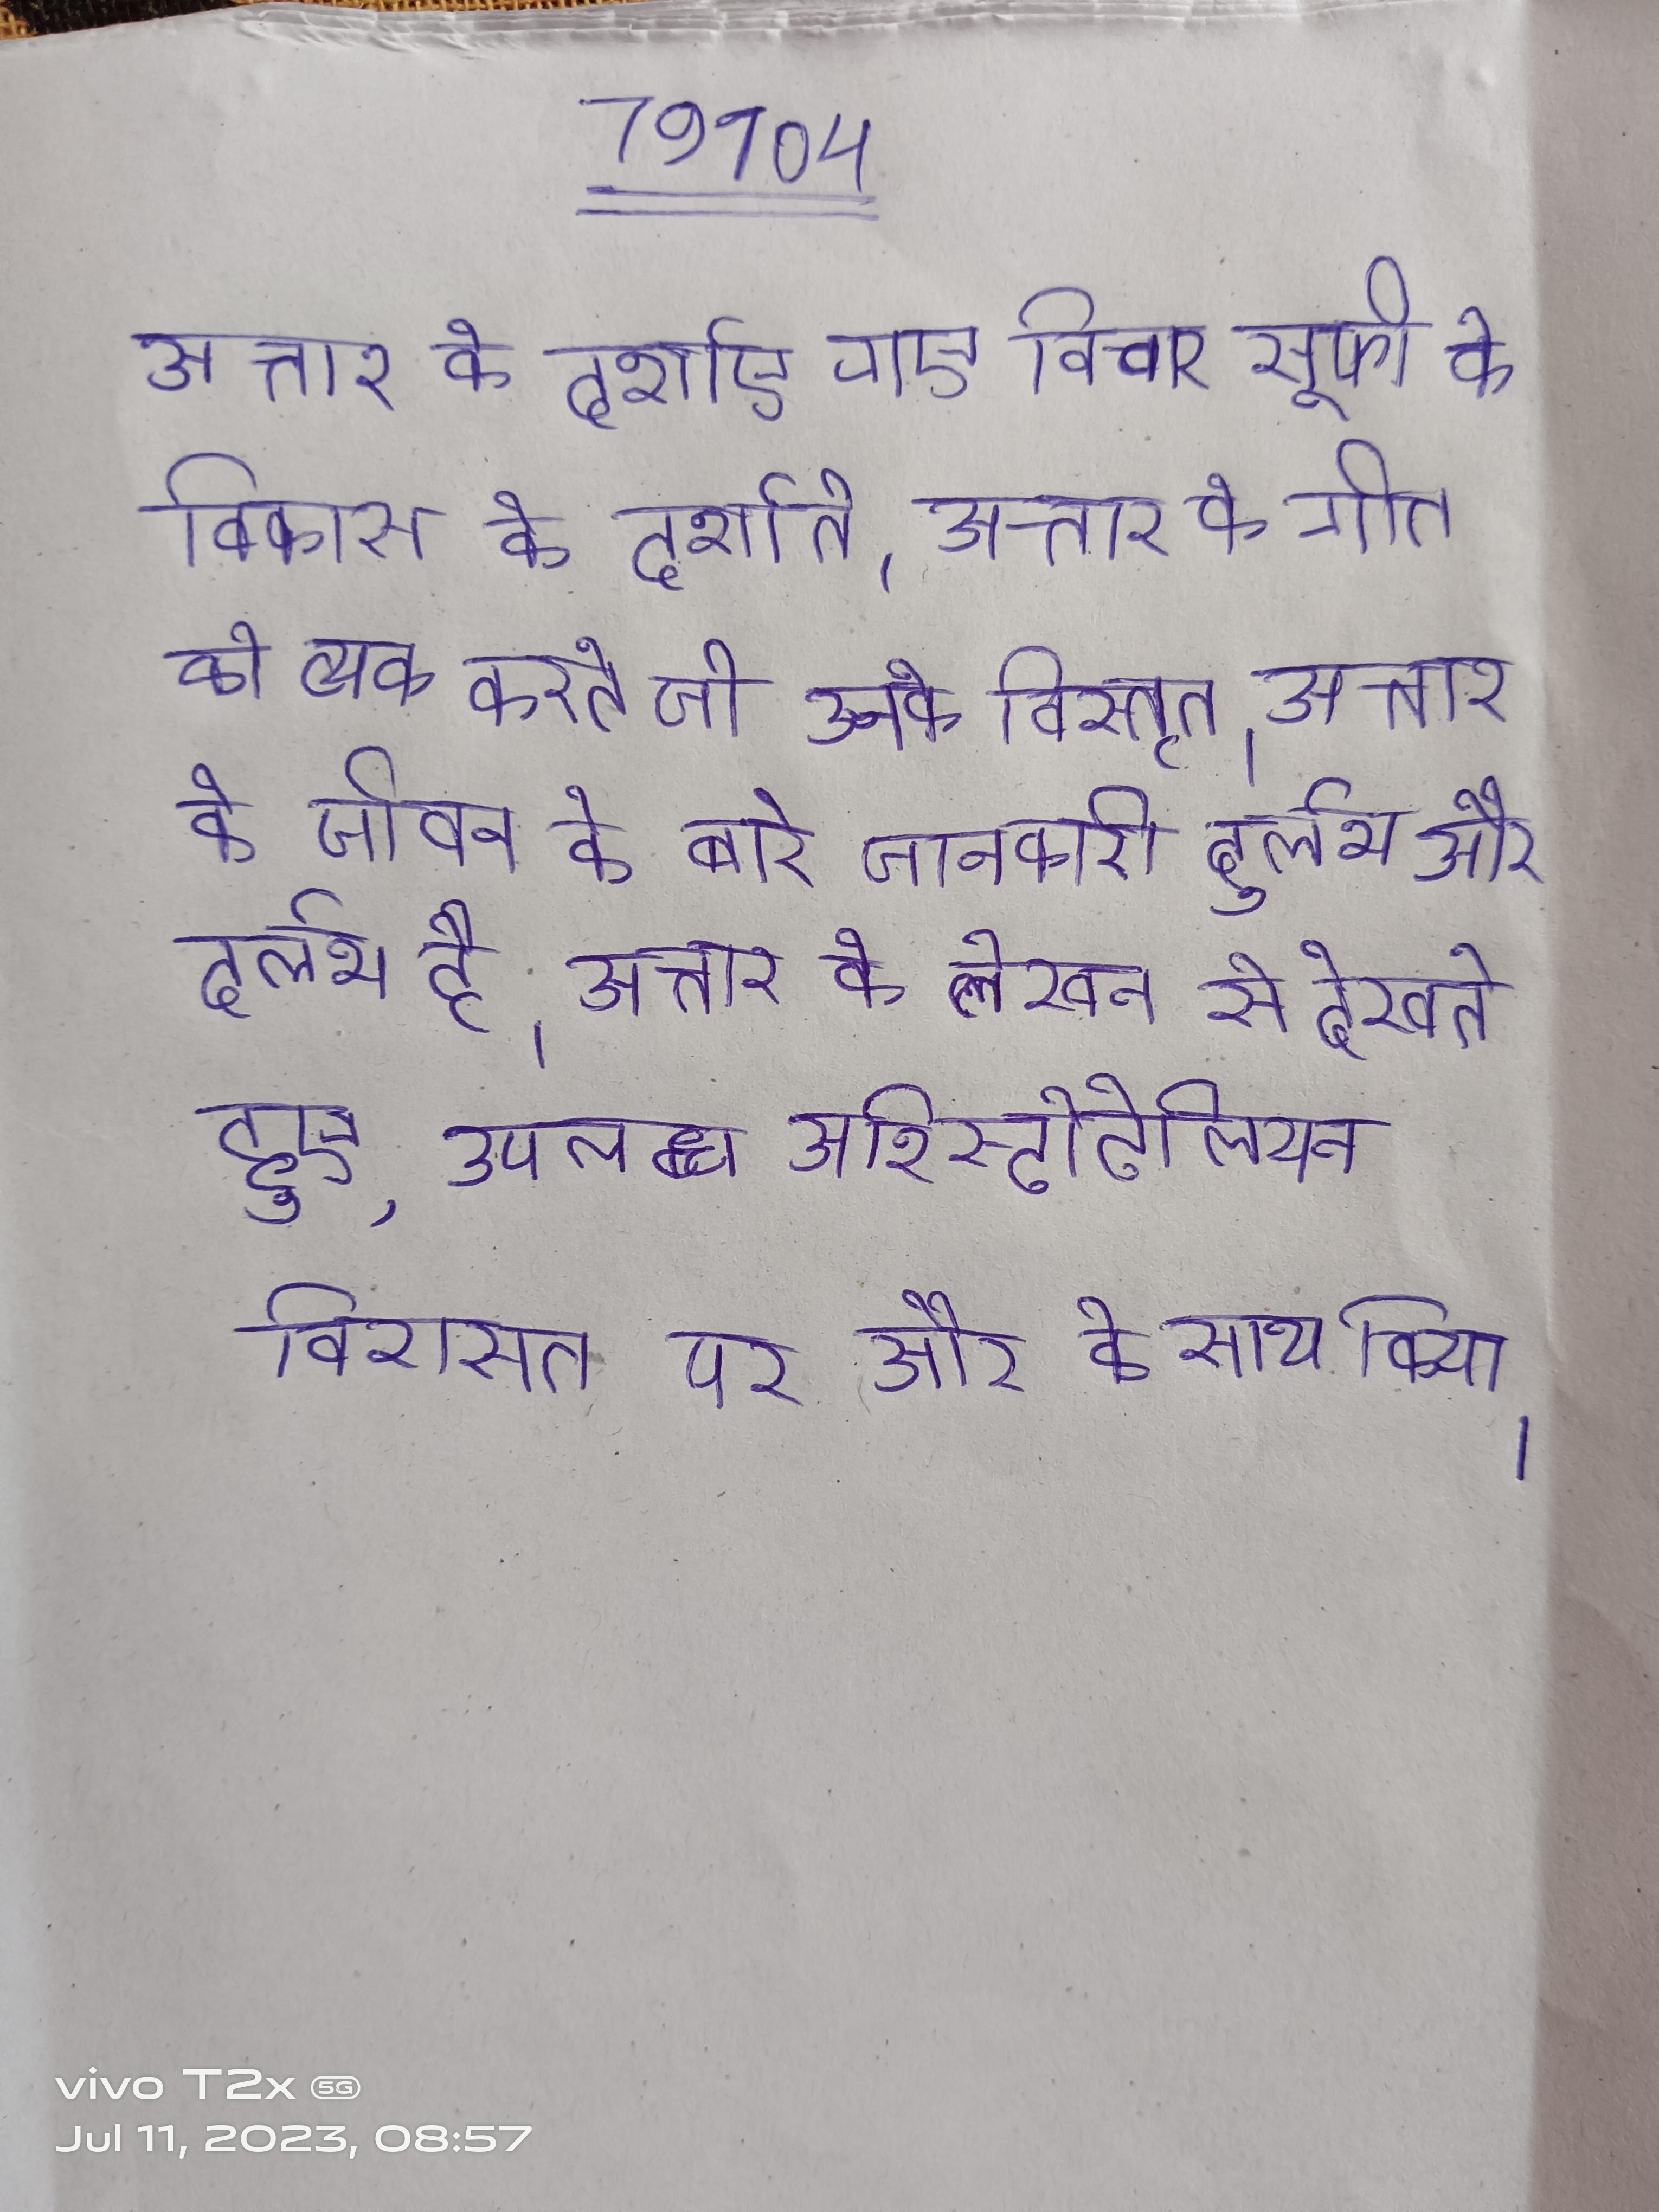
अत्तार के दर्शाए गए विचार सूफी के विकास को दर्शाते । अत्तार के गीत को व्यक्त करते जो उनके विस्तृत । अत्तार के जीवन के बारे जानकारी दुर्लभ और दुर्लभ है । अत्तार के लेखन से देखते हुए, उपलब्ध अरिस्टोटेलियन विरासत पर और के साथ किया ।